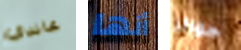
غاندي أنها جوائز